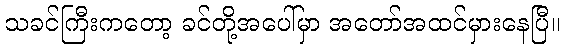
သခင်ကြီးကတော့ ခင်တို့အပေါ်မှာ အတော်အထင်မှားနေပြီ။